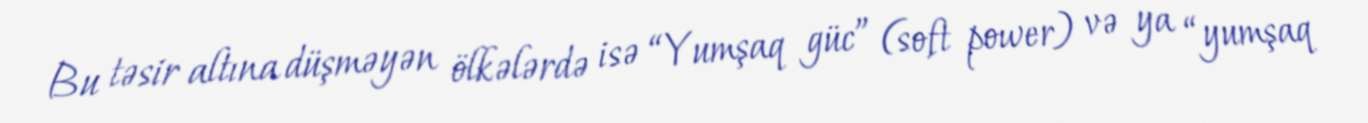
Bu təsir altına düşməyən ölkələrdə isə “Yumşaq güc” (soft power) və ya “yumşaq